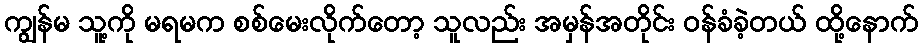
ကျွန်မ သူ့ကို မရမက စစ်မေးလိုက်တော့ သူလည်း အမှန်အတိုင်း ဝန်ခံခဲ့တယ် ထို့နောက်